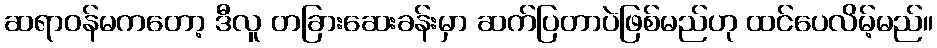
ဆရာဝန်မကတော့ ဒီလူ တခြားဆေးခန်းမှာ ဆက်ပြတာပဲဖြစ်မည်ဟု ထင်ပေလိမ့်မည်။